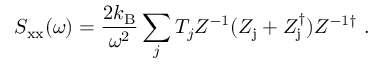
S _ { \mathrm { x x } } ( \omega ) = \frac { 2 k _ { \mathrm { B } } } { { \omega } ^ { 2 } } \sum _ { j } T _ { j } Z ^ { - 1 } ( Z _ { \mathrm { j } } + Z _ { \mathrm { j } } ^ { \dag } ) Z ^ { - 1 \dag } ~ .